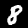
Digit: 8